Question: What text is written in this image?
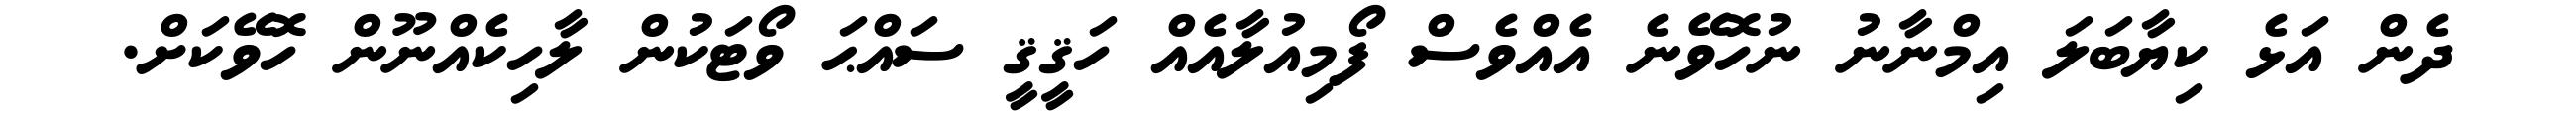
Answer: ދެން އަޅެ ކިޔާބަލަ އިމްނާނު ނުހޮވޭނެ އެއްވެސް ފޯމިއުލާއެއް ހަޤީޤީ ސައްޙަ ވޯޓަކުން ލާހިކެއްނޫން ހޮވޭކަށް.